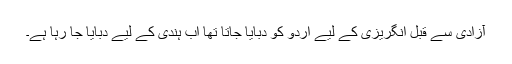
آزادی سے قبل انگریزی کے لیے اُردو کو دبایا جاتا تھا اب ہندی کے لیے دبایا جا رہا ہے۔